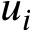
u _ { i }